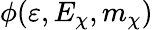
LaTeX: \phi(\varepsilon,E_{\chi},m_{\chi})